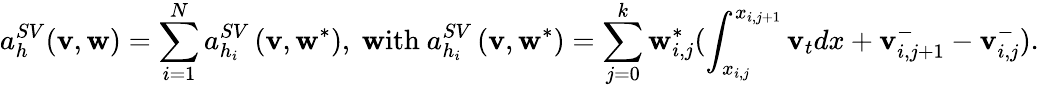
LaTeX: a_{h}^{SV}(\mathbf{v},\mathbf{w})=\sum_{i=1}^{N}a_{h_{i}}^{SV}\left(\mathbf{v},\mathbf{w}^{*}\right),\ \mathrm{{\mathbf{w}ith}}\ a_{h_{i}}^{SV}\left(\mathbf{v},\mathbf{w}^{*}\right)=\sum_{j=0}^{k}\mathbf{w}_{i,j}^{*}(\int_{x_{i,j}}^{x_{i,j+1}}\mathbf{v}_{t}dx+\mathbf{v}_{i,j+1}^{-}-\mathbf{v}_{i,j}^{-}).